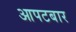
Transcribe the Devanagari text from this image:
आपटबार